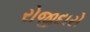
રોજીદારો